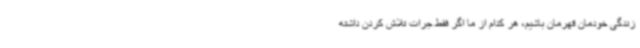
زندگی خودمان قهرمان باشیم، هر کدام از ما اگر فقط جرات تلاش کردن داشته